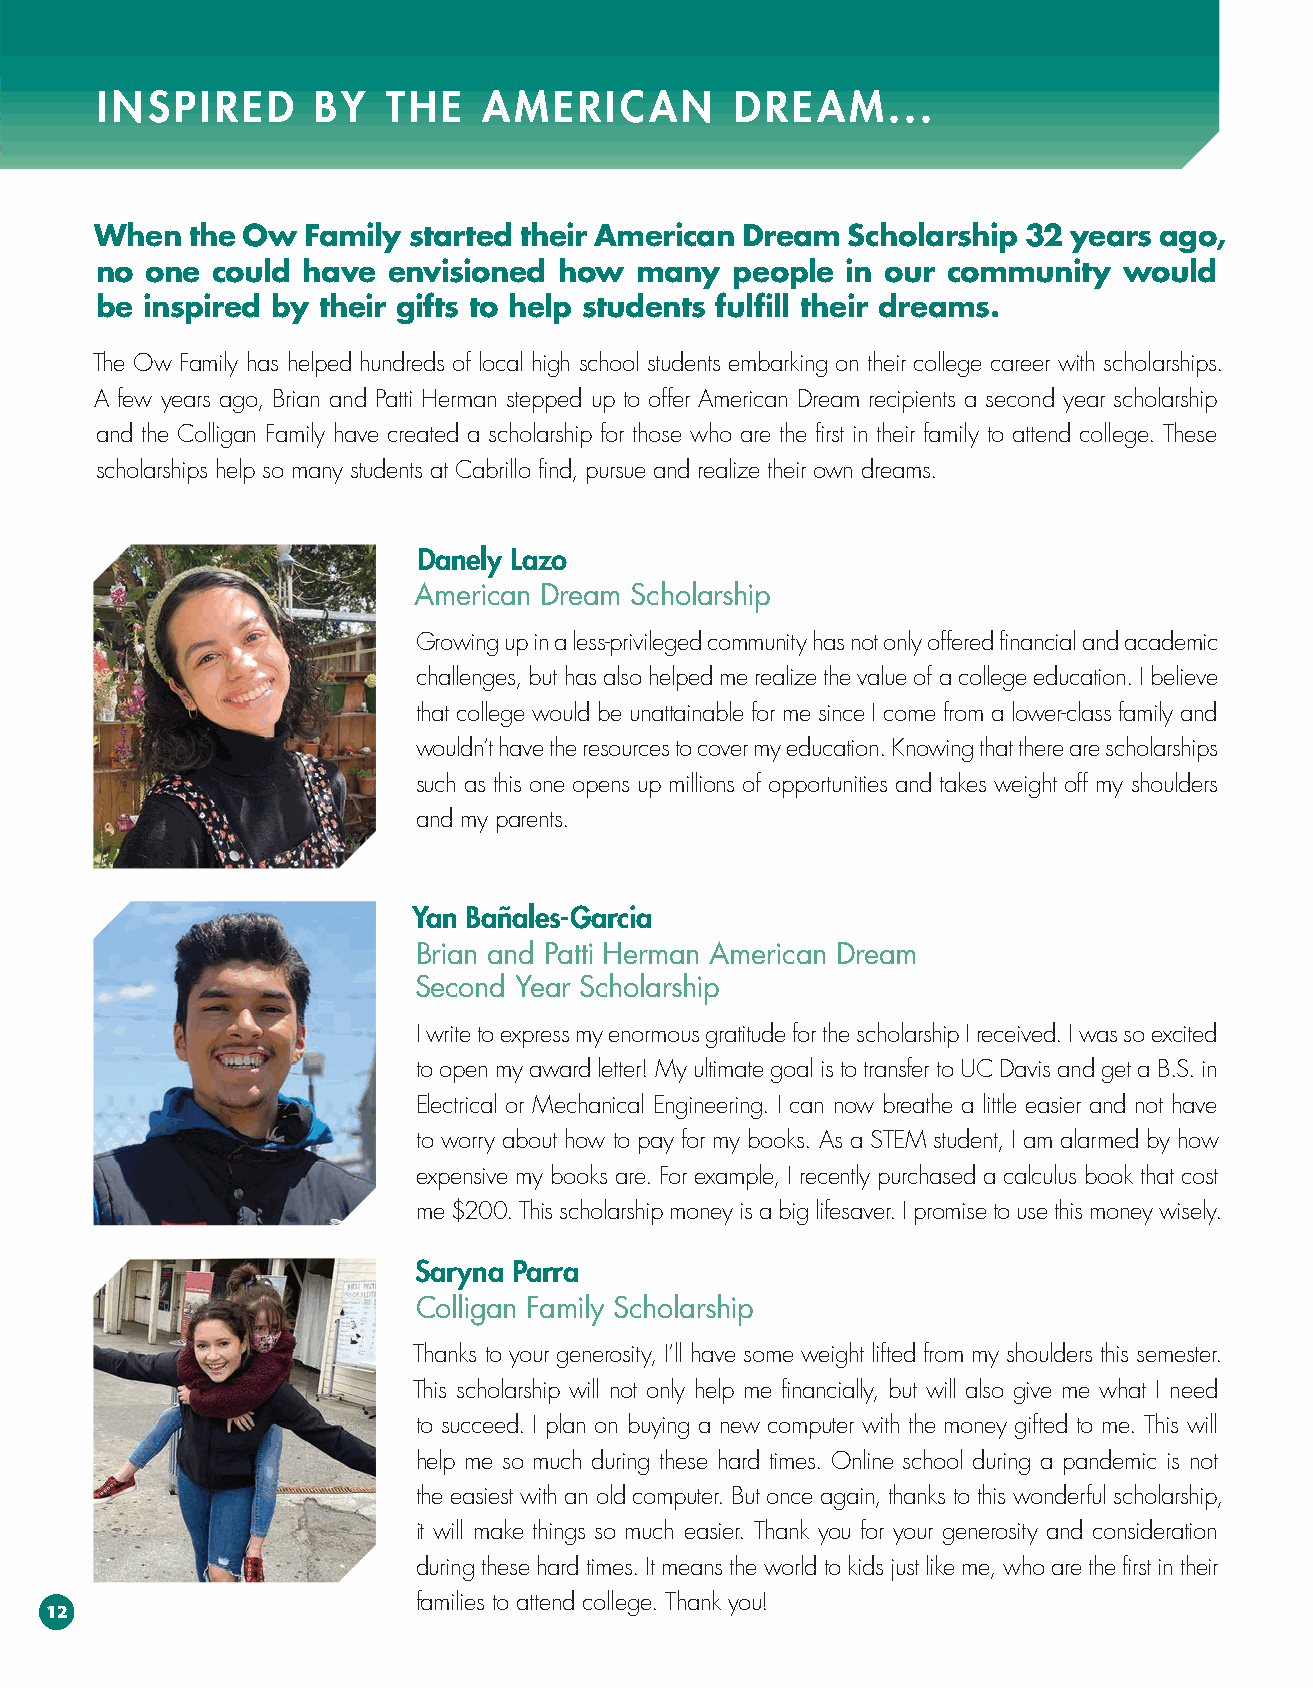
INSPIRED       BY   THE   AMERICAN         DREAM...
 When  the Ow  Family started their American Dream Scholarship 32 years ago,
 no  one could have  envisioned how  many  people  in our community  would
 be inspired by their gifts to help students fulfill their dreams.
 The Ow Family has helped hundreds of local high school students embarking on their college career with scholarships.
 A few years ago, Brian and Patti Herman stepped up to offer American Dream recipients a second year scholarship
 and the Colligan Family have created a scholarship for those who are the first in their family to attend college. These
 scholarships help so many students at Cabrillo find, pursue and realize their own dreams.
 Danely Lazo
 American Dream Scholarship
 Growing up in a less-privileged community has not only offered financial and academic
 challenges, but has also helped me realize the value of a college education. I believe
 that college would be unattainable for me since I come from a lower-class family and
 wouldn’t have the resources to cover my education. Knowing that there are scholarships
 such as this one opens up millions of opportunities and takes weight off my shoulders
 and my parents.
 Yan Bañales-Garcia
 Brian and Patti Herman American Dream
 Second Year Scholarship
 I write to express my enormous gratitude for the scholarship I received. I was so excited
 to open my award letter! My ultimate goal is to transfer to UC Davis and get a B.S. in
 Electrical or Mechanical Engineering. I can now breathe a little easier and not have
 to worry about how to pay for my books. As a STEM student, I am alarmed by how
 expensive my books are. For example, I recently purchased a calculus book that cost
 me $200. This scholarship money is a big lifesaver. I promise to use this money wisely.
 Saryna Parra
 Colligan Family Scholarship
 Thanks to your generosity, I’ll have some weight lifted from my shoulders this semester.
 This scholarship will not only help me financially, but will also give me what I need
 to succeed. I plan on buying a new computer with the money gifted to me. This will
 help me so much during these hard times. Online school during a pandemic is not
 the easiest with an old computer. But once again, thanks to this wonderful scholarship,
 it will make things so much easier. Thank you for your generosity and consideration
 during these hard times. It means the world to kids just like me, who are the first in their
 families to attend college. Thank you!
 12